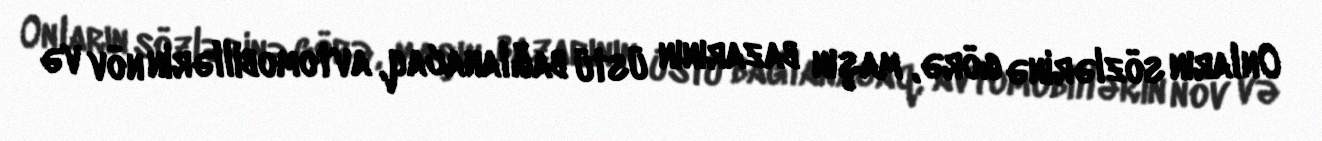
Onların sözlərinə görə, maşın bazarının üstü bağlanacaq, avtomobillərin növ və